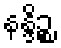
နန္ဒိဉ္စ